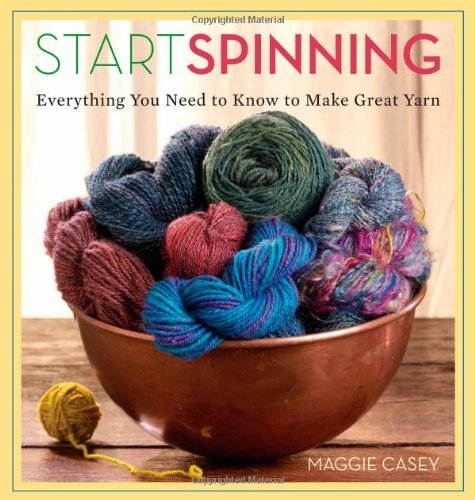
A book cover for Start Spinning; Maggie Casey; Crafts, Hobbies & Home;